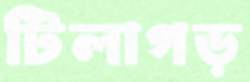
টিলাগড়